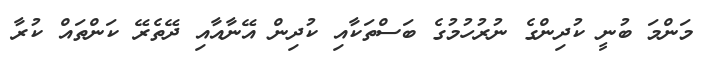
މަންމަ ބުނީ ކުދިންގެ ނުރުހުމުގެ ބަސްތަކާއި ކުދިން އޭނާއާއި ދޭތެރޭ ކަންތައް ކުރާ